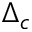
\Delta _ { c }